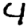
Digit: 4